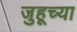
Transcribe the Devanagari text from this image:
जुहूच्या